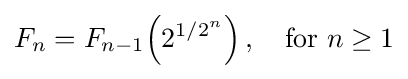
F_{n}=F_{n-1}\!\left(2^{1/2^{n}}\right),\quad {\text{for}}\ n\geq 1